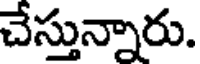
చేస్తున్నారు.